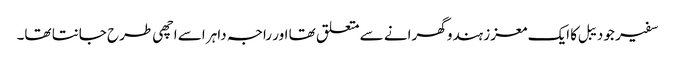
سفیر جو دیبل کا ایک معزز ہندو گھرانے سے متعلق تھا اور راجہ داہر اسے اچھی طرح جانتا تھا۔